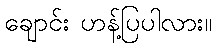
ချောင်း ဟန့်ပြပါလား။